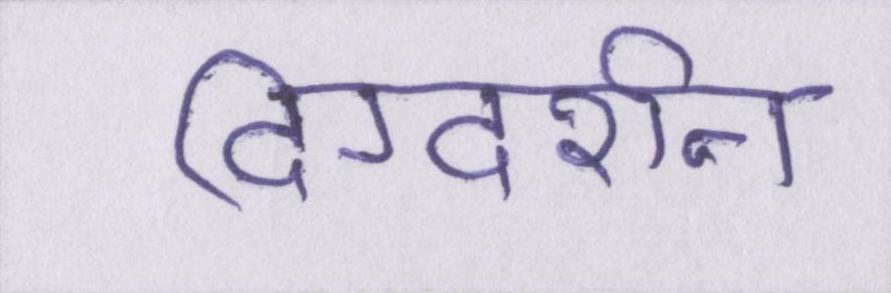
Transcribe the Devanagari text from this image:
दिग्दर्शन